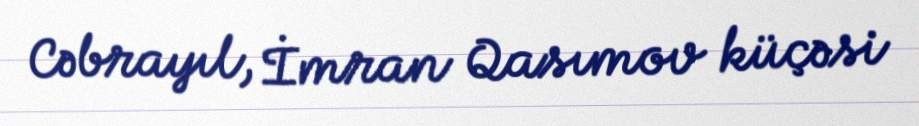
Cəbrayıl, İmran Qasımov küçəsi